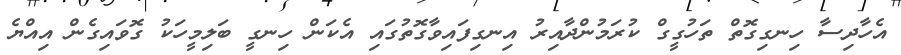
އެހާދިސާ ހިނގިގޮތް ތަހުގީގް ކުރަމުންދާއިރު އިނގިފައިވާގޮތުގައި އެކަން ހިނގީ ބަލިމީހަކު ގޮވައިގެން އިއްޔެ